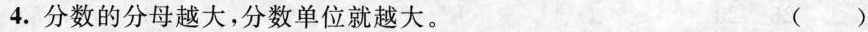
4. 分数的分母越大，分数单位就越大。 ( )